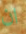
ان